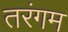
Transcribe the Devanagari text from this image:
तरंगम